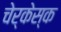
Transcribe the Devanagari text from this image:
चेर्केस्क